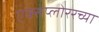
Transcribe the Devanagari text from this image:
एक्सप्लोररच्या